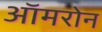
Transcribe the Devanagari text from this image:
ऑमरोन